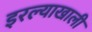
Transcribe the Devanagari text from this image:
इरल्याखाली